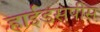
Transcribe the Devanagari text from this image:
हाईडसपीस